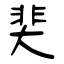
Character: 猆